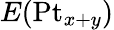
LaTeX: E(\mathrm{Pt}_{x+y})